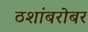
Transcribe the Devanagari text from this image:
ठशांबरोबर